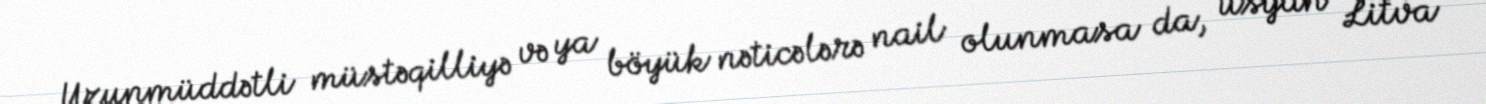
Uzunmüddətli müstəqilliyə və ya böyük nəticələrə nail olunmasa da, üsyan Litva